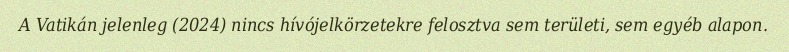
A Vatikán jelenleg (2024) nincs hívójelkörzetekre felosztva sem területi, sem egyéb alapon.